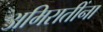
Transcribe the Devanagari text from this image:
अमिरातींना